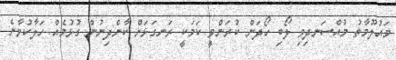
މައުލޫމާތު މުއްސަނދިވި ލޯބި ހޯދަން ކުރަންވީ ކަމަކީ ރަނގަޅަށް ކާންދިނުން ގުޅުމެއް ހަލާކުވާނެ